EAOK_Sinod, lk 16
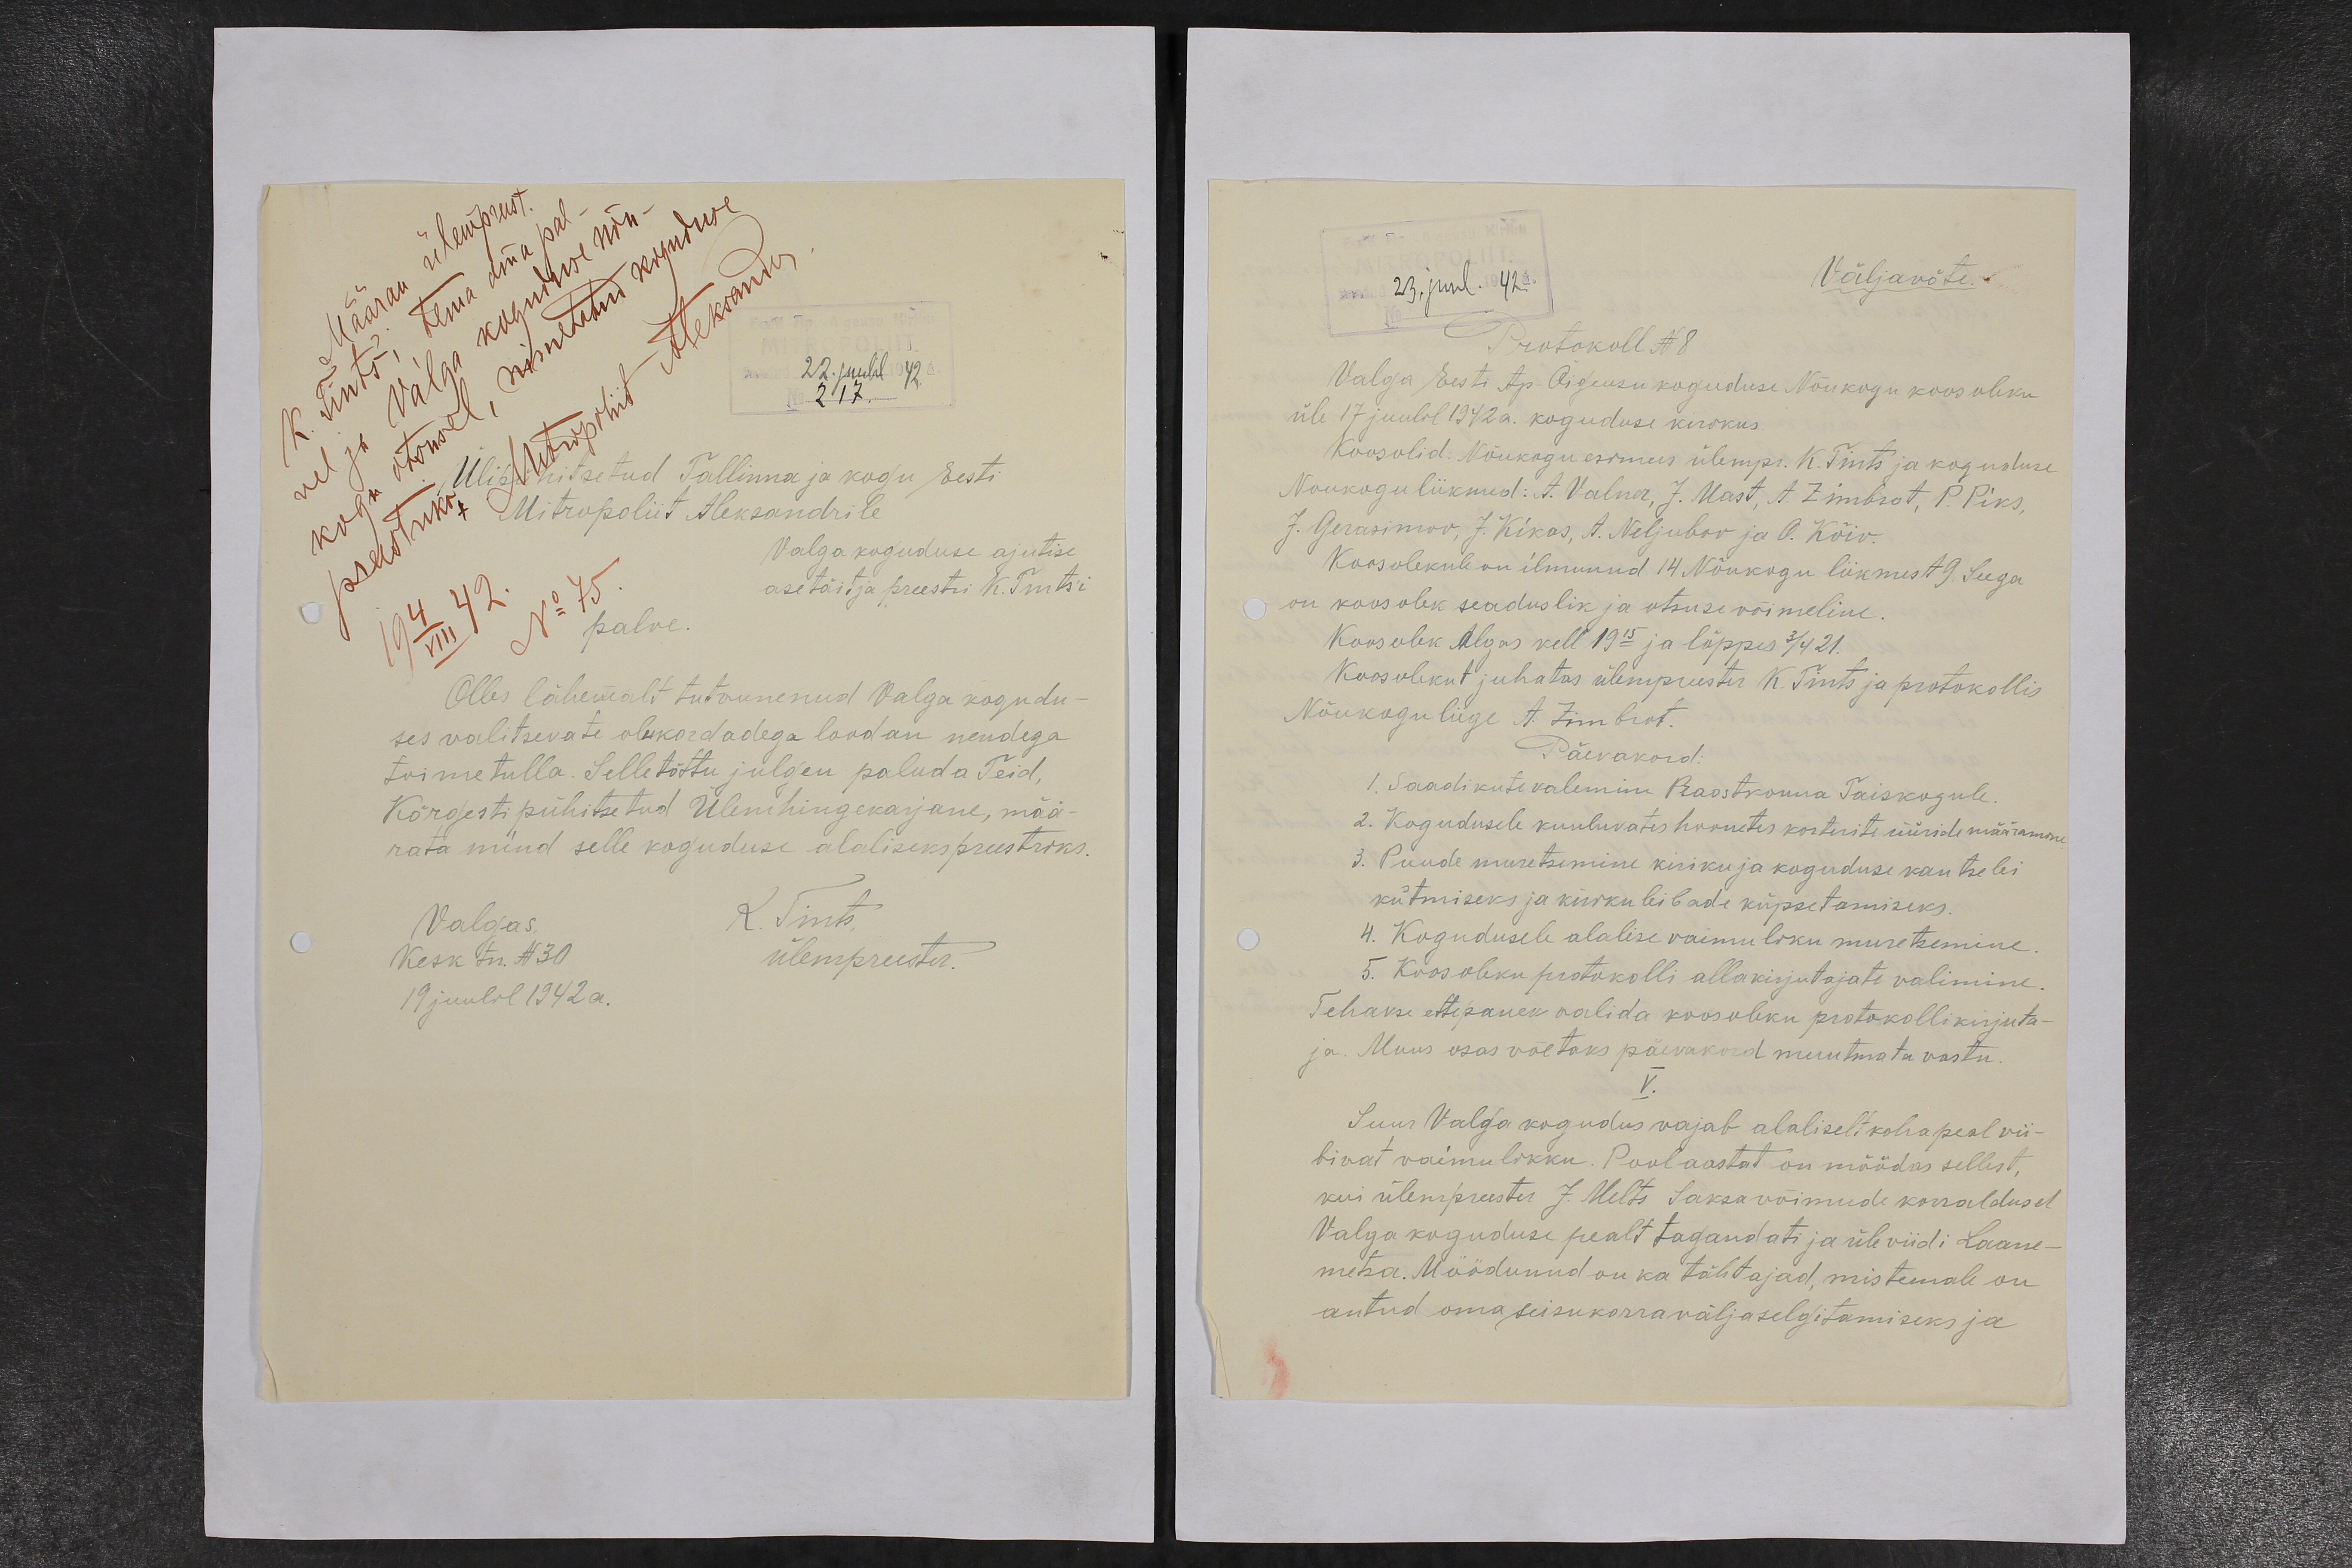
22. juulil 42.
217.
Ülipühitsetud Tallinna ja kogu Eesti
Mitropoliit Aleksandrile
Valga koguduse ajutise
asetäitja preestri K. Tints`i
palve.
Olles lähemalt tutvunenud Valga kogudu-
ses valitsevate olukordadega loodan nendega
toime tulla. Selle tõttu julgen paluda Teid,
Kõrgesti pühitsetud Ülemhingekarjane, mää-
rata mind selle koguduse alaliseks preestriks.
Valgas.
Kesk tn. N 30
19 juulil 1942 a.
K. Tints,
ülempreester.

Väljavõte.
Protokoll N 8
Valga Eesti Ap-Õigeusu koguduse Nõukogu koosoleku
üle 17 juulil 1942 a. koguduse kirikus.
Koosolid: Nõukogu esimees ülempr. K. Tints ja koguduse
Nõukogu liikmed: A. Valner, J. Mast, A. Zimbrot, P. Piks,
7. Gerasimov, J. Kikas, A. Neljubov ja O. Kõiv.
Koosolekule on ilmunud 14 Nõukogu liikmest 9. Seega
on koosolek seaduslik ja otsuse võimeline.
Koosolek algas kell 19 15 ja lõppes 3/4 21.
Koosolekut juhatas ülempreester K. Tints ja protokollis
Nõukogu liige A. Zimbrot.
Päevakord:
1. Saadikute valimine Praostkonna Taiskogule.
2. Kogudusele kuuluvates hoonetes korterite üüride määramine.
3. Puude muretsemine kiriku ja koguduse kantselei
kütmiseks ja kirku leibade küpsetamiseks.
4. Kogudusele alalise vaimuliku muretsemine.
5. Koosoleku protokolli allakirjutajate valimine.
Tehakse ettepanek valida koosoleku protokolli kirjuta-
ja. Muus osas võetaks päevakord muutmata vastu
V.
Suur Valga kogudus vajab alaliselt kohapeal vii-
bivat vaimulikku. Pool aastat on möödas sellest,
kui ülempreester J. Melts Saksa võimude korraldusel
Valga koguduse pealt tagandati ja üle viidi Laane-
metsa. Möödunud on ka tähtajad, mis temale on
antud oma seisukorra väljaselgitamiseks ja